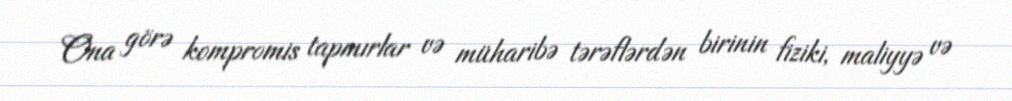
Ona görə kompromis tapmırlar və müharibə tərəflərdən birinin fiziki, maliyyə və